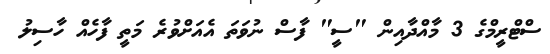
ސްޓްރީމްގެ 3 މާއްދާއިން "ސީ" ފާސް ނުވަތަ އެއަށްވުރެ މަތީ ފާހެއް ހާސިލު